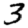
Digit: 3